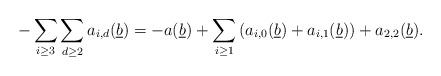
\begin{align*} - \sum_{i \geq 3}\sum_{d \geq 2} a_{i,d}(\underline{b}) = - a(\underline{b}) + \sum_{i \geq 1}\left(a_{i,0}(\underline{b}) + a_{i,1}(\underline{b})\right) + a_{2,2}(\underline{b}).\end{align*}